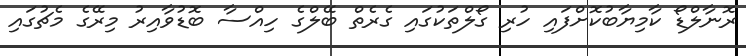
ރޮނާލްޑޯ ކާމިޔާބުކޮށްފައި ހުރި ގޯލްތަކުގައި ގެރެތް ބޭލްގެ ހިއްސާ ބޮޑުވާއިރު މިރޭގެ މެޗުގައި